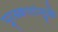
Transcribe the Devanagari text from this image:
पुरस्कारांमुळे